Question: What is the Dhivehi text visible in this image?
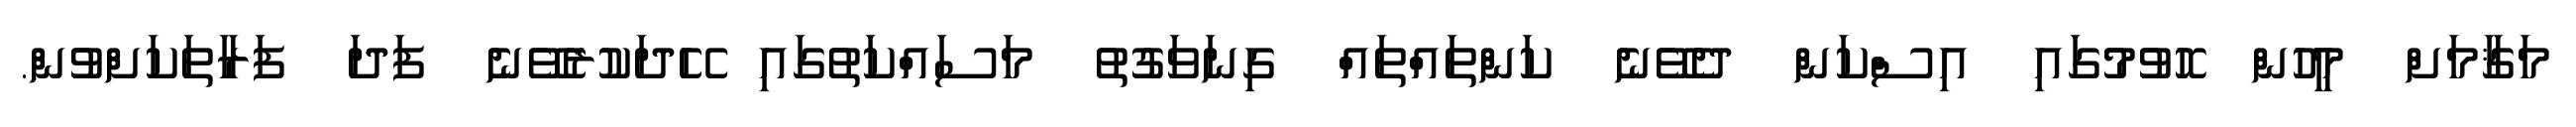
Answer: މަޤާމަށް މީހުން ހޮވުމުގައި އިސްކަން ދެވޭނެ ކަންތައްތައް ގިނަވަގުތު މަސައްކަތުގައި ހޭދަކުރެވޭނެ ފަދަ ފަރާތަކަށްވުން.